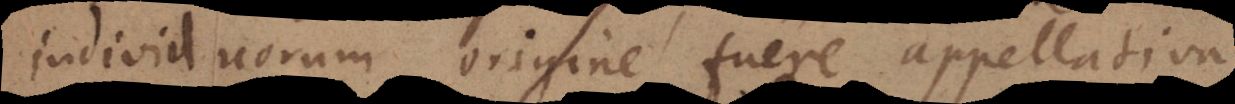
individuorum origine fuere appellativa,